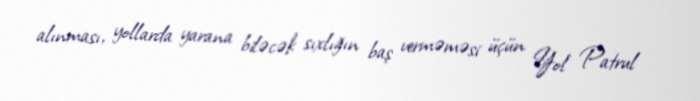
alınması, yollarda yarana biləcək sıxlığın baş verməməsi üçün Yol Patrul